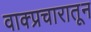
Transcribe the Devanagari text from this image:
वाक्प्रचारातून